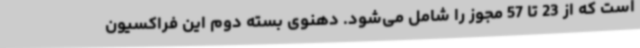
است که از 23 تا 57 مجوز را شامل می‌شود. دهنوی بسته دوم این فراکسیون